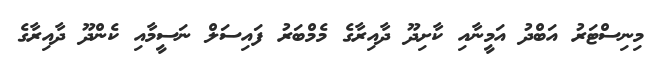
މިނިސްޓަރު އަބްދު އަމީނާއި ކާށިދޫ ދާއިރާގެ މެމްބަރު ފައިސަލް ނަސީމާއި ކެންދޫ ދާއިރާގެ